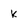
Character: k